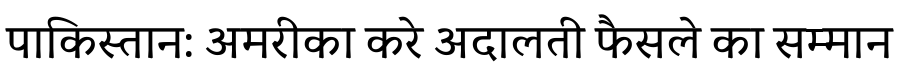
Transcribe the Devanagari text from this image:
पाकिस्तान: अमरीका करे अदालती फैसले का सम्मान